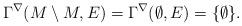
LaTeX: \begin{align*}\Gamma^\nabla(M \setminus M,E) = \Gamma^\nabla(\emptyset,E) = \{\emptyset\}.\end{align*}